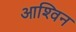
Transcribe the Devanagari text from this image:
आश्‍विन